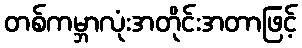
တစ်ကမ္ဘာလုံးအတိုင်းအတာဖြင့်